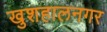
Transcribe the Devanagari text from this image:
खुशहालनगर